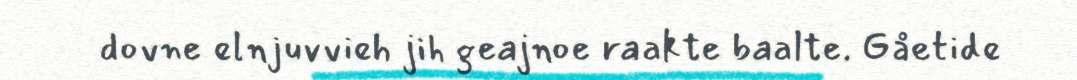
dovne elnjuvvieh jih geajnoe raakte baalte. Gåetide